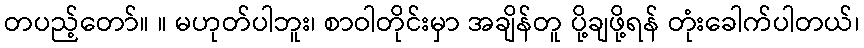
တပည့်တော်။ ။ မဟုတ်ပါဘူး၊ စာဝါတိုင်းမှာ အချိန်တူ ပို့ချဖို့ရန် တုံးခေါက်ပါတယ်၊